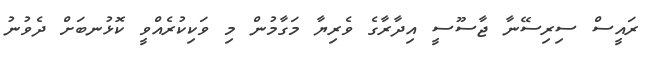
ރައީސް ސިރިސޭނާ ޖާސޫސީ އިދާރާގެ ވެރިޔާ މަގާމުން މި ވަކިކުރެއްވީ ކޮޅުނބަށް ދެވުނު